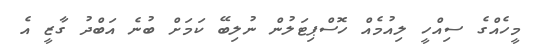
މީހެއްގެ ސިއްހީ ލިއުމެއް ހޮސްޕިޓަލުން ނުލިބޭ ކަމަށް ބުނެ އަބްދު ގާޒީ އެ